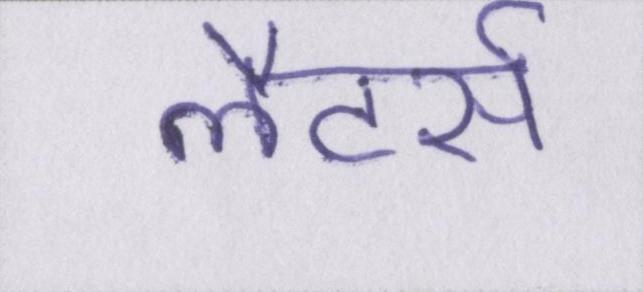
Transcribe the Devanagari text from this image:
लैटर्स